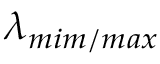
\lambda _ { m i m / m a x }